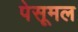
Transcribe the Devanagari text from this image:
पेसूमल